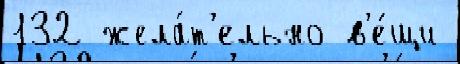
132 жела́т'ельно в'е́щи